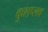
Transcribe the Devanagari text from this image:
कुशप्लव